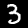
Label: 3